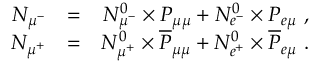
\begin{array} { r l r } { N _ { \mu ^ { - } } } & { = } & { N _ { \mu ^ { - } } ^ { 0 } \times P _ { \mu \mu } + N _ { e ^ { - } } ^ { 0 } \times P _ { e \mu } ~ , } \\ { N _ { \mu ^ { + } } } & { = } & { N _ { \mu ^ { + } } ^ { 0 } \times \overline { { P } } _ { \mu \mu } + N _ { e ^ { + } } ^ { 0 } \times \overline { { P } } _ { e \mu } ~ . } \end{array}